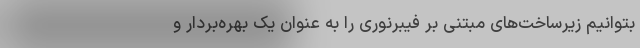
بتوانیم زیرساخت‌های مبتنی بر فیبرنوری را به عنوان یک بهره‌بردار و